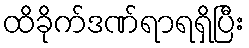
ထိခိုက်ဒဏ်ရာရရှိပြီး